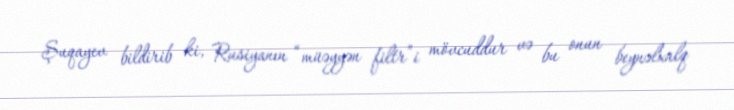
Şuqayev bildirib ki, Rusiyanın “müəyyən filtr”i mövcuddur və bu onun beynəlxalq